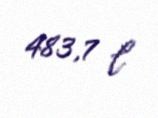
483,7 l